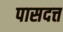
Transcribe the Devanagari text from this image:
पासदत्त